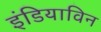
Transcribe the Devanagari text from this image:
इंडियाविन